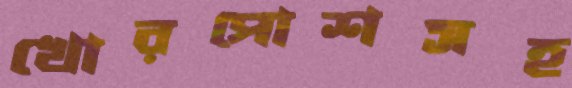
খোরপোশসহ